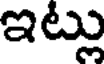
ఇట్లు